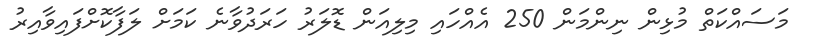
މަސައްކަތް މުޅިން ނިންމަން 250 އެއްހައި މިލިއަން ޑޮލަރު ހަރަދުވާނެ ކަމަށް ލަފާކޮށްފައިވާއިރު